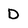
Character: D